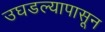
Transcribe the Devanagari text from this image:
उघडल्यापासून